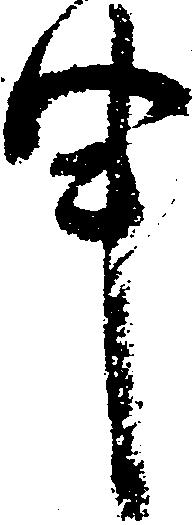
申